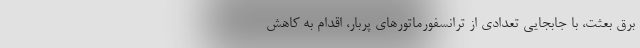
برق بعثت، با جابجایی تعدادی از ترانسفورماتورهای پربار، اقدام به کاهش